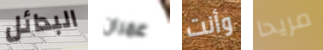
البدائل عمران وأنت مريحا